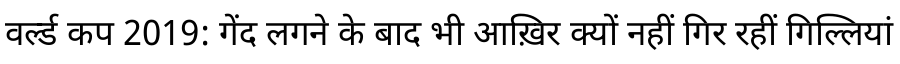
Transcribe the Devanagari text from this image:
वर्ल्ड कप 2019: गेंद लगने के बाद भी आख़िर क्यों नहीं गिर रहीं गिल्लियां